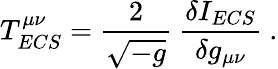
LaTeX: T_{ECS}^{\mu\nu}=\frac{2}{\sqrt{-g}}\ \frac{\delta I_{ECS}}{\delta g_{\mu\nu}}\ .